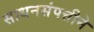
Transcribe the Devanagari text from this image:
साधनसंपत्तीने